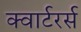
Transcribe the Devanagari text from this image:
क्वार्टरर्स